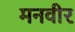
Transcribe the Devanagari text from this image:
मनवीर